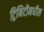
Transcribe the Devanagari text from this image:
ट्रिनिटीमधील